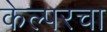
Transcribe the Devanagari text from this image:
केल्परचा